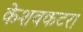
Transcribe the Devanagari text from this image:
केशवकटरा